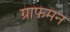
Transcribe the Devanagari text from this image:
ग्राफमन